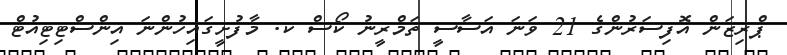
ޕްރިޒަން އޮފިސަރުންގެ 21 ވަނަ އަސާސީ ތަމްރީނު ކޯސް ކ. މާފުށީގައިހުންނަ އިންސްޓިޓިއުޓް